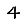
Digit: 4